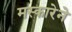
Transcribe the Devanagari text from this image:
मस्कारेने